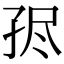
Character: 𡥧